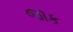
જાક